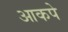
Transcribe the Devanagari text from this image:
आकपे